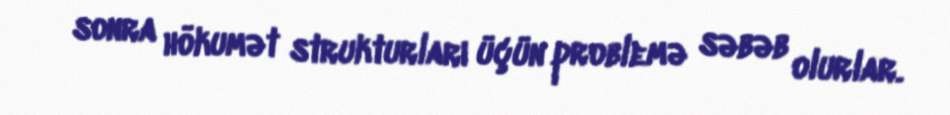
sonra hökumət strukturları üçün problemə səbəb olurlar.